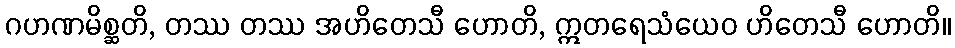
ဂဟဏမိစ္ဆတိ, တဿ တဿ အဟိတေသီ ဟောတိ, ဣတရေသံယေဝ ဟိတေသီ ဟောတိ။